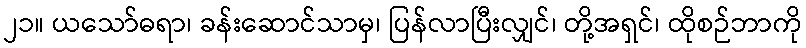
၂၁။ ယသော်ဓရာ၊ ခန်းဆောင်သာမှ၊ ပြန်လာပြီးလျှင်၊ တို့အရှင်၊ ထိုစဉ်ဘာကို